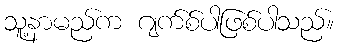
သူ့နာမည်က ဂျက်စ်ပါဖြစ်ပါသည်။